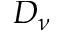
D _ { \nu }